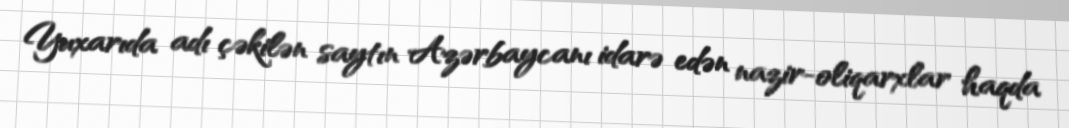
Yuxarıda adı çəkilən saytın Azərbaycanı idarə edən nazir-oliqarxlar haqda